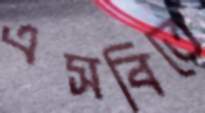
এসবিতে